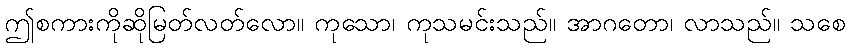
ဤစကားကိုဆိုမြတ်လတ်လော။ ကုသော၊ ကုသမင်းသည်။ အာဂတော၊ လာသည်။ သစေ